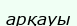
арқауы